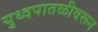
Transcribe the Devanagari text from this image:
युध्दपातळीवरून